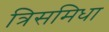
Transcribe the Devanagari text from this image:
त्रिसमिधा